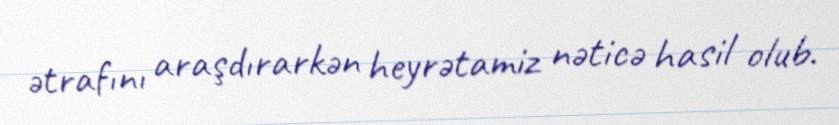
ətrafını araşdırarkən heyrətamiz nəticə hasil olub.